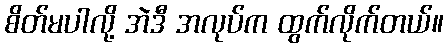
စိတ်မပါလို့ အဲဒီ အလုပ်က ထွက်လိုက်တယ်။